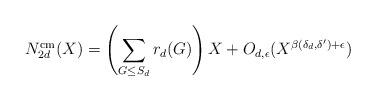
LaTeX: \begin{align*}N_{2d}^{\mathrm{cm}}(X) = \left(\sum_{G \leq S_d}r_d(G)\right)X + O_{d, \epsilon}(X^{\beta(\delta_d, \delta^{\prime}) + \epsilon})\end{align*}